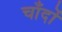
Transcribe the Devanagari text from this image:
चाँदों